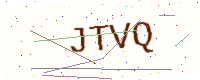
Text: JTVQ